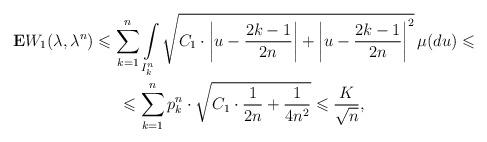
LaTeX: \begin{gather*}{\bf E} W_1(\lambda,\lambda^n)\leqslant \sum_{k=1}^n \int\limits_{I_k^n} \sqrt{C_1 \cdot \left|u-\dfrac{2k-1}{2n}\right|+\left|u-\dfrac{2k-1}{2n}\right|^2}\,\mu(du)\leqslant\\\leqslant \sum_{k=1}^n p_k^n \cdot \sqrt{C_1 \cdot \dfrac{1}{2n}+\dfrac{1}{4n^2}}\leqslant \dfrac{K}{\sqrt{n}},\end{gather*}